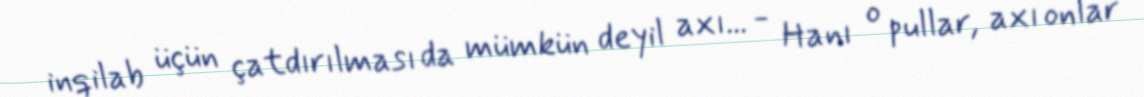
inqilab üçün çatdırılması da mümkün deyil axı... - Hanı o pullar, axı onlar